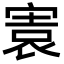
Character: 㝨